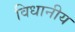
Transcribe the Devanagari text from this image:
विधानीय